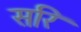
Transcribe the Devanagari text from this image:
सरि